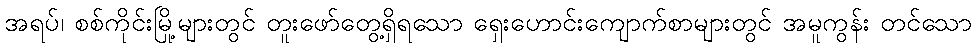
အရပ်၊ စစ်ကိုင်းမြို့များတွင် တူးဖော်တွေ့ရှိရသော ရှေးဟောင်းကျောက်စာများတွင် အမူကွန်း တင်သော